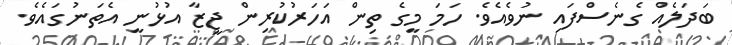
ބަދަލެއް ގެނެސްފައި ނުވެއެވެ. ހަމަ މީގެ ތިން އަހަރުކުރިން ޖީޒާ އުޅުނީ އެތަނުގައެވެ.